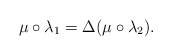
\begin{gather*}\mu\circ\lambda_1=\Delta(\mu\circ\lambda_2).\end{gather*}